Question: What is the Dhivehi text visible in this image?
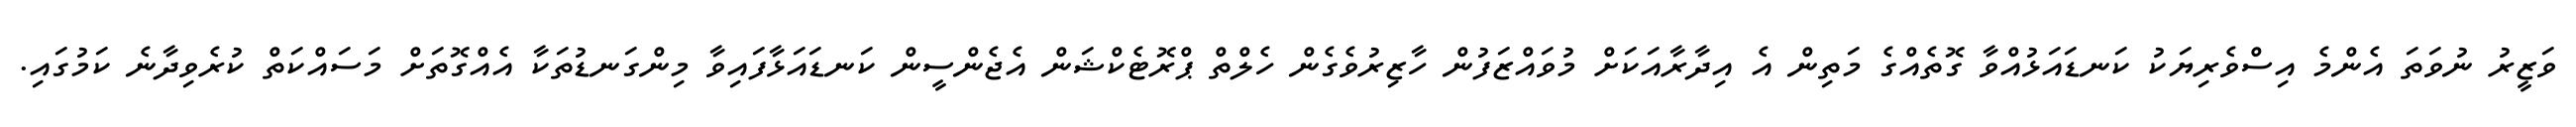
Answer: ވަޒީރު ނުވަތަ އެންމެ އިސްވެރިޔަކު ކަނޑައަޅުއްވާ ގޮތެއްގެ މަތިން އެ އިދާރާއަކަށް މުވައްޒަފުން ހާޒިރުވެގެން ހެލްތް ޕްރޮޓެކްޝަން އެޖެންސީން ކަނޑައަޅާފައިވާ މިންގަނޑުތަކާ އެއްގޮތަށް މަސައްކަތް ކުރެވިދާނެ ކަމުގައި.